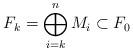
LaTeX: \begin{align*}F_k=\bigoplus_{i=k}^n M_i\subset F_0\end{align*}